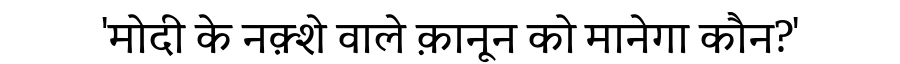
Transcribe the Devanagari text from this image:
'मोदी के नक़्शे वाले क़ानून को मानेगा कौन?'